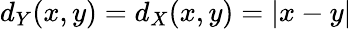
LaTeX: d_{Y}(x,y)=d_{X}(x,y)=|x-y|